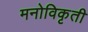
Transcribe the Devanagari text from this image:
मनोविकृती